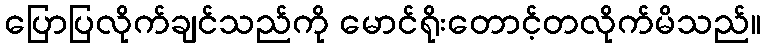
ပြောပြလိုက်ချင်သည်ကို မောင်ရိုးတောင့်တလိုက်မိသည်။